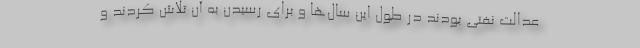
عدالت نفتی بودند در طول این سال‌ها و برای رسیدن به آن تلاش کردند و